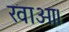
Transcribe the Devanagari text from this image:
खाओ।